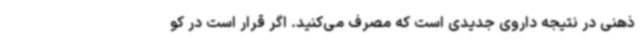
ذهنی در نتیجه داروی جدیدی است که مصرف می‌کنید. اگر قرار است در کو